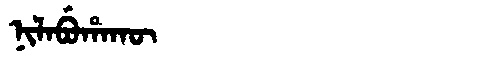
Manchu: ᠨᡳᠯᠠᠪᡠᡥᠠᡴᡡ
Romanization: NILABUHAKŪ